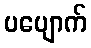
ပပျောက်